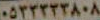
٠٥٣٣٣٣٣٨٠٨